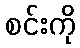
စင်းကို